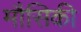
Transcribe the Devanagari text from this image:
मौसिकी